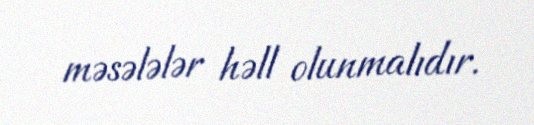
məsələlər həll olunmalıdır.